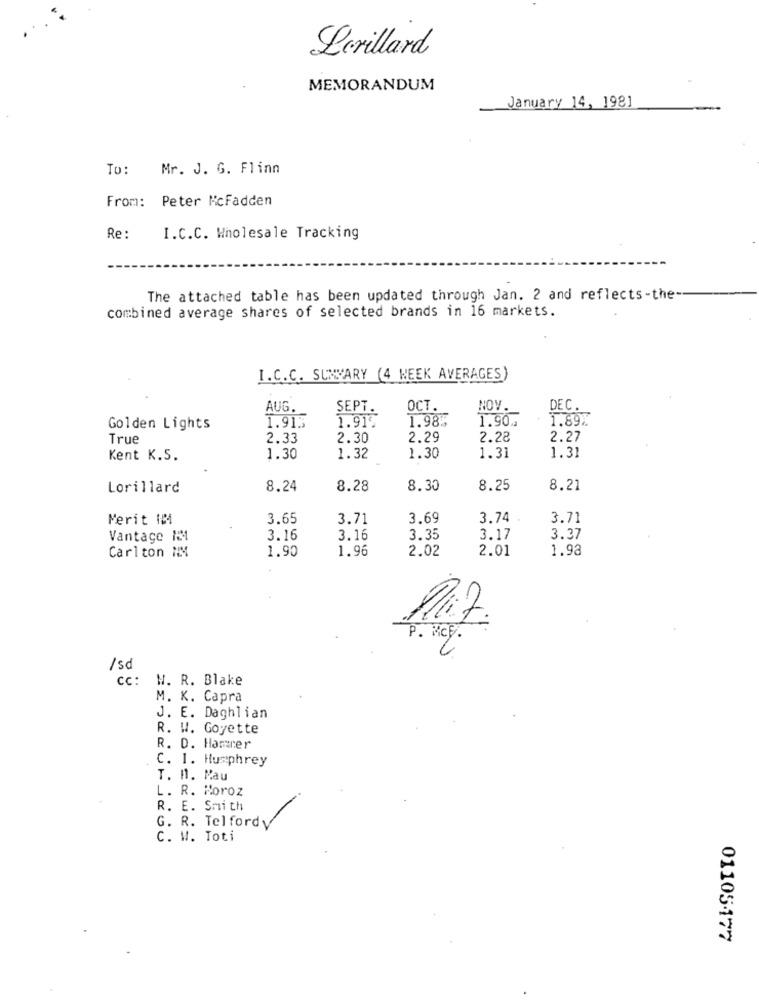
Lerillard
MEMORANDUM
January 14, 1981
To: Mr. J. G. Flinn
From: Peter McFadden
Re:
I.C.C. Wholesale Tracking
The attached table has been updated through Jan. 2 and reflects-the-
combined average shares of selected brands in 16 markets.
I.C.C. SUMMARY (4 WEEK AVERAGES)
AUG.
SEPT.
OCT.
NOV.
DEC.
1.913
1.91%
1.98%
1.90 ..
1.89%
Golden Lights
True
2.33
2.30
2.29
2.28
2.27
1.31
Kent K.S.
1.30
1.32
1.30
1.31
Lorillard
8.24
8.28
8.30
8.25
8.21
Merit IB
3.65
3.71
3.69
3.74
3.71
Vantage M1
3.16
3.16
3.35
3.17
3.37
Carlton NM
1.90
1.96
2.02
2.01
1.93
P. HCp.
/sd
Cc: W. R. Blake
M. K. Capra
J. E. Daghlian
R. W. Goyette
R. D. Hamarer
C. I. Humphrey
T. H. Mau
L. R. Moroz
R. E. Smith
G. R. Telfordy
C. W. Toti
01105-177